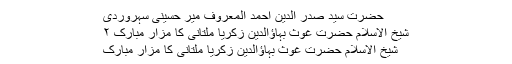
حضرت سید صدر الدین احمد المعروف میر حسینی سہروردی
شیخ الاسلام حضرت غوث بہاؤالدین زکریا ملتانی کا مزار مبارک ۲
شیخ الاسلام حضرت غوث بہاؤالدین زکریا ملتانی کا مزار مبارک